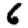
Digit: 6